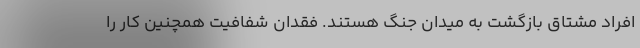
افراد مشتاق بازگشت به میدان جنگ هستند. فقدان شفافیت همچنین کار را